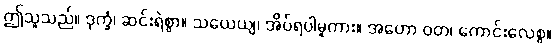
ဤသူသည်။ ဒုက္ခံ၊ ဆင်းရဲစွာ။ သယေယျ၊ အိပ်ရပါမူကား။ အဟော ဝတ၊ ကောင်းလေစွ။